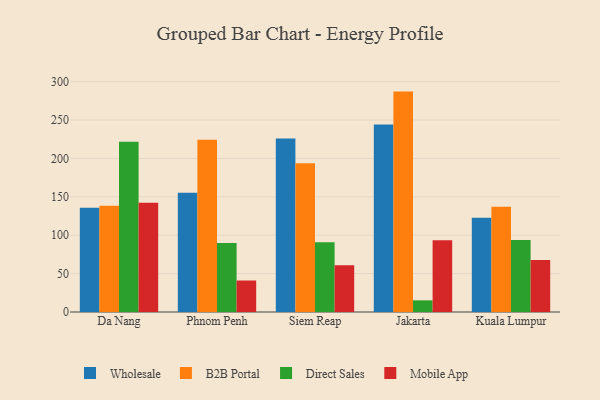
{"axis": {"x": "City", "y": "Website Visitors"}, "legend": ["B2B Portal", "Direct Sales", "Mobile App", "Wholesale"], "data": [{"x": "Da Nang", "y": 135.9, "type": "Wholesale"}, {"x": "Da Nang", "y": 138.4, "type": "B2B Portal"}, {"x": "Da Nang", "y": 221.7, "type": "Direct Sales"}, {"x": "Da Nang", "y": 142.2, "type": "Mobile App"}, {"x": "Phnom Penh", "y": 155.3, "type": "Wholesale"}, {"x": "Phnom Penh", "y": 224.4, "type": "B2B Portal"}, {"x": "Phnom Penh", "y": 89.7, "type": "Direct Sales"}, {"x": "Phnom Penh", "y": 41.0, "type": "Mobile App"}, {"x": "Siem Reap", "y": 225.9, "type": "Wholesale"}, {"x": "Siem Reap", "y": 193.8, "type": "B2B Portal"}, {"x": "Siem Reap", "y": 90.7, "type": "Direct Sales"}, {"x": "Siem Reap", "y": 61.0, "type": "Mobile App"}, {"x": "Jakarta", "y": 244.0, "type": "Wholesale"}, {"x": "Jakarta", "y": 287.0, "type": "B2B Portal"}, {"x": "Jakarta", "y": 15.2, "type": "Direct Sales"}, {"x": "Jakarta", "y": 93.5, "type": "Mobile App"}, {"x": "Kuala Lumpur", "y": 122.8, "type": "Wholesale"}, {"x": "Kuala Lumpur", "y": 137.0, "type": "B2B Portal"}, {"x": "Kuala Lumpur", "y": 93.9, "type": "Direct Sales"}, {"x": "Kuala Lumpur", "y": 67.6, "type": "Mobile App"}]}